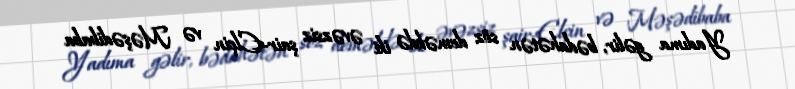
Yadıma gəlir, bədahətən söz deməkdə iki əvəzsiz şair-Elçin və Məşədibaba